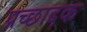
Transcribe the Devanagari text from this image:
प्रच्छादक